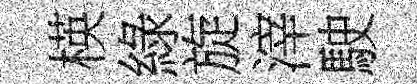
楧綠旋滓駛